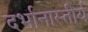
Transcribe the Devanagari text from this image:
दर्भानास्तीर्य